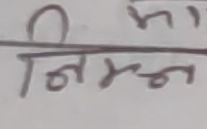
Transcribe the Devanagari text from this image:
निम्न